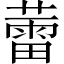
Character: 蕾